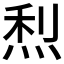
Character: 𤉉